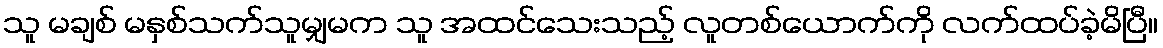
သူ မချစ် မနှစ်သက်သူမျှမက သူ အထင်သေးသည့် လူတစ်ယောက်ကို လက်ထပ်ခဲ့မိပြီ။